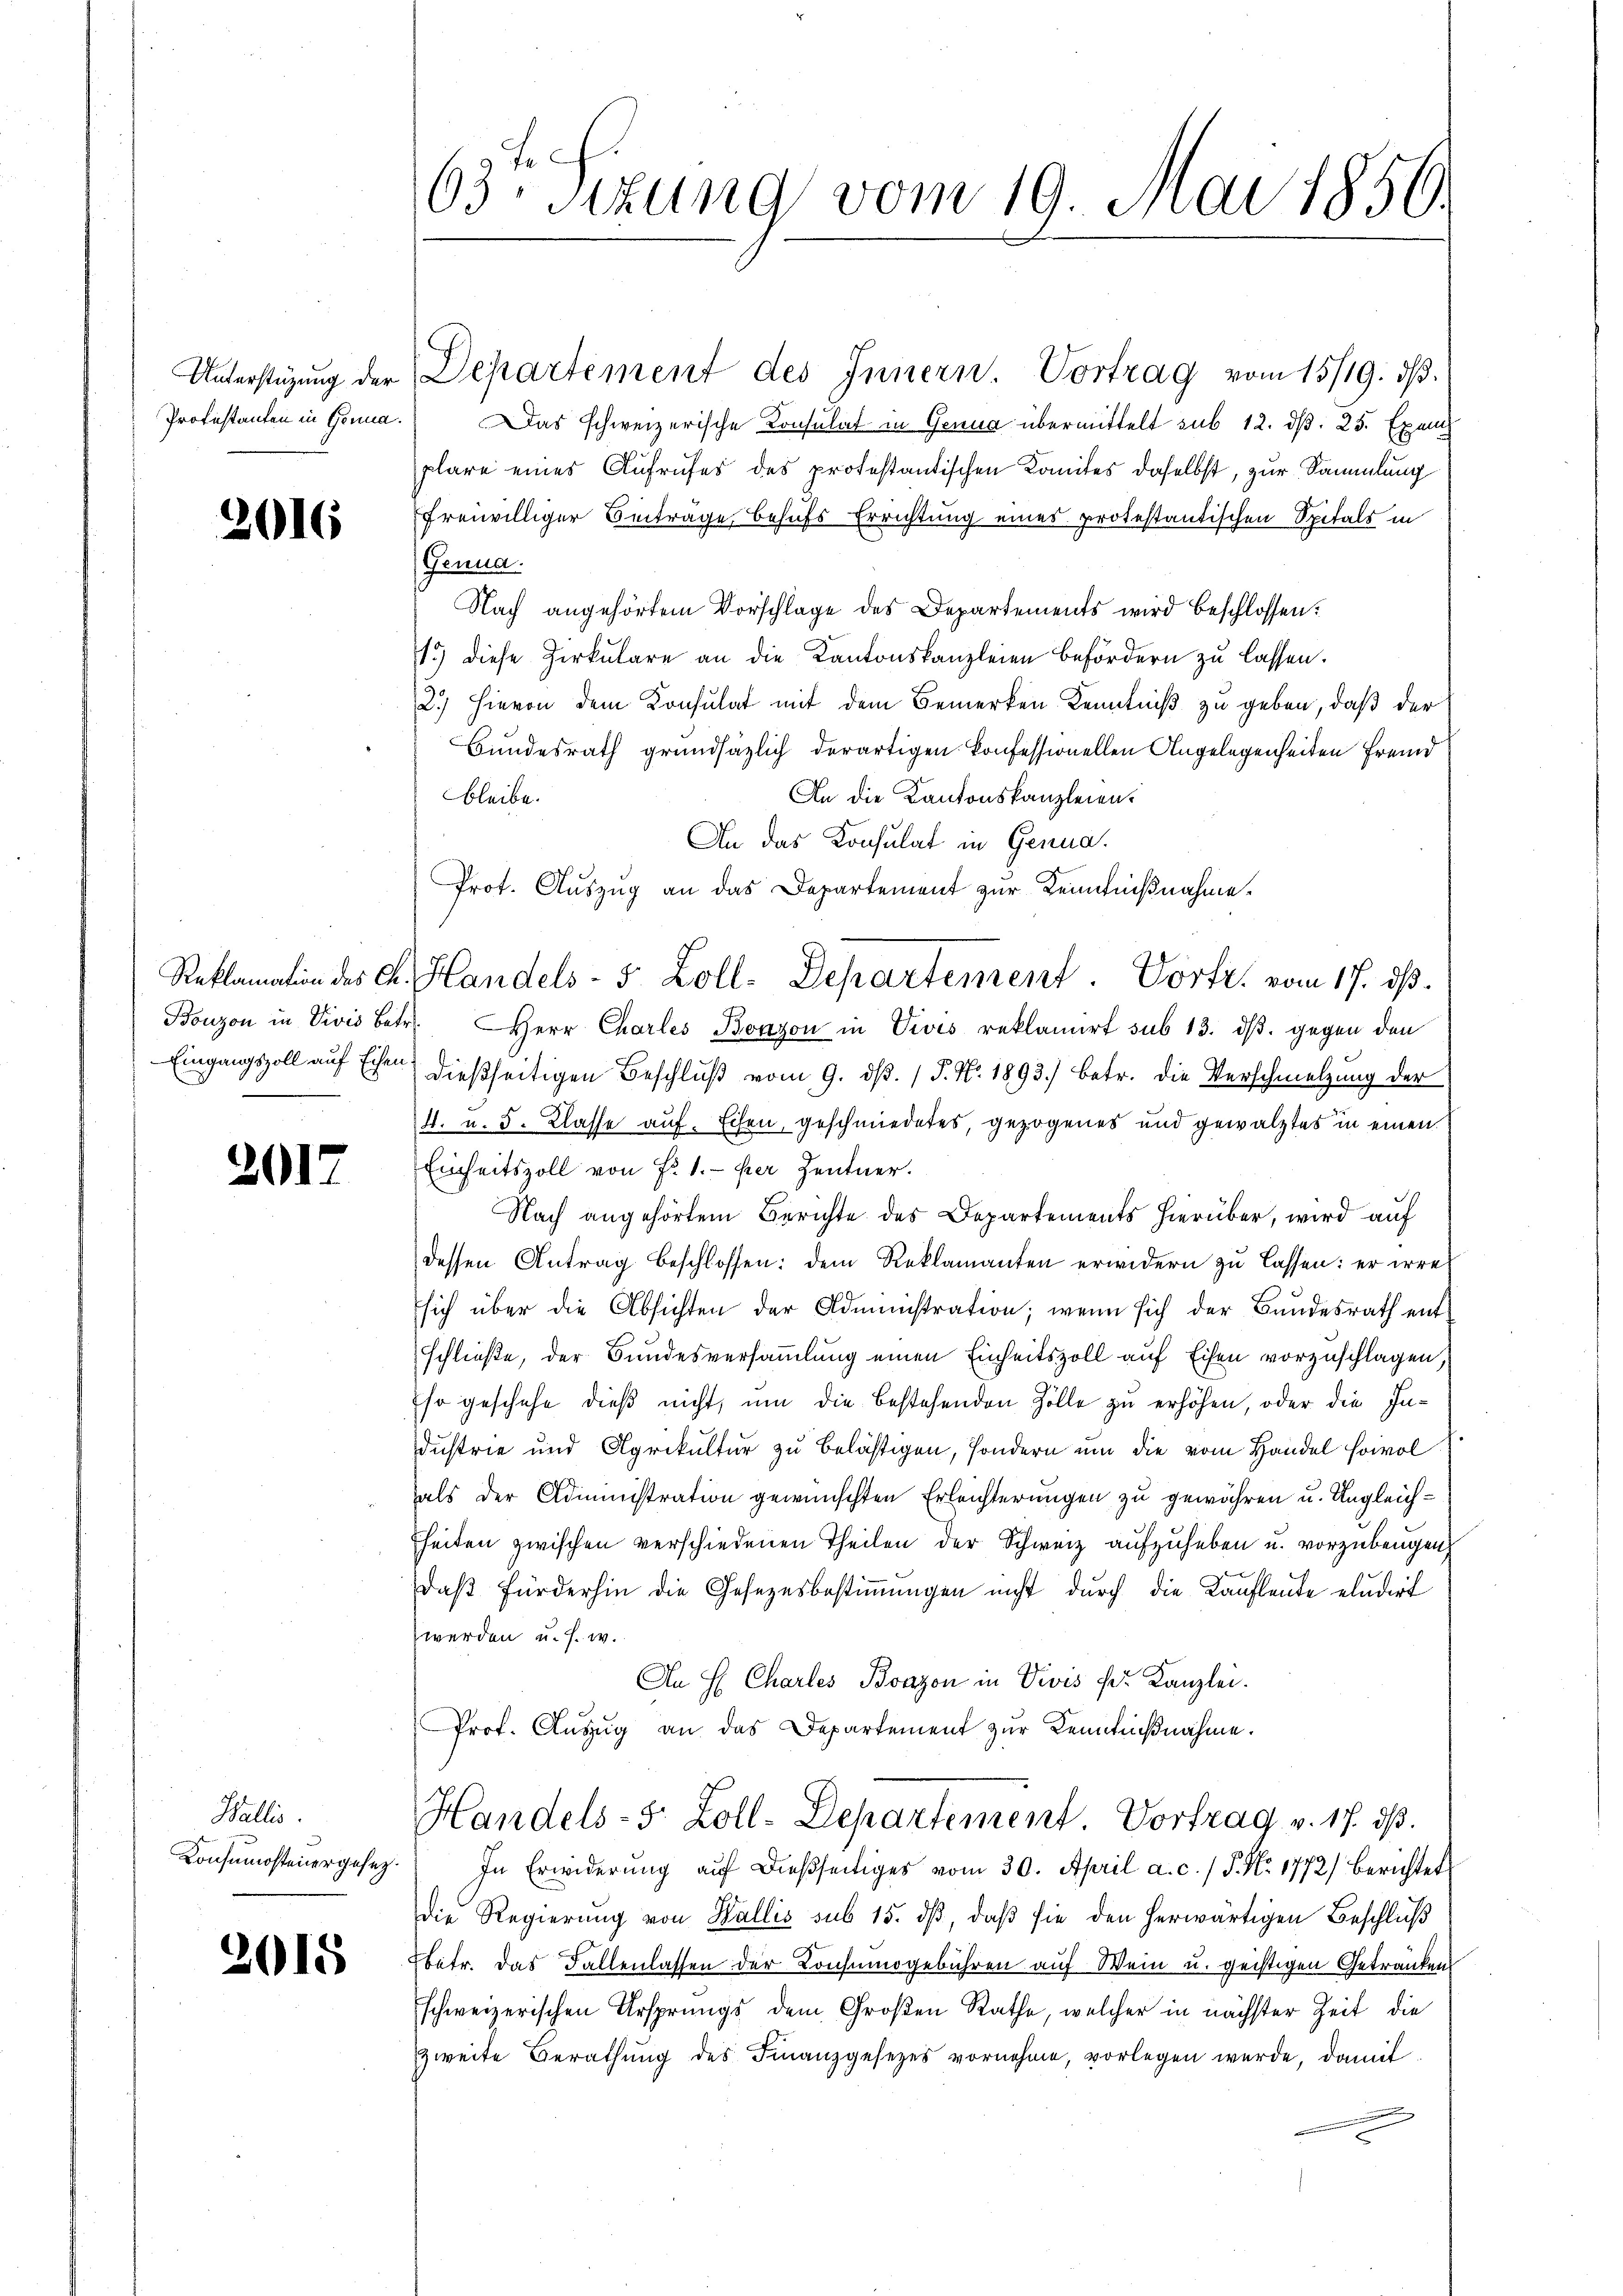
Unterstüzung der
Protestanten in Genua.

2016

2017

Wallis.
Konsumsteuergesez.

2015

63te Sitzung vom 19. Mai 1850.

Departement des Innern. Vortrag vom 15/19. dβ.
Das schweizerische Konsulat in Genua übermittelt sub 12. dß. 25. Exem
plare eines Aufrufes des protestantischen Komites daselbst, zur Sammlung
freiwilliger Beiträge behufs Errichtung eines protestantischen Spitals in
Genua
Nach angehörtem Vorschlage des Departements wird beschlossen:
1.) diese Zirkulare an die Kantonskanzleien befördern zu lassen.
2.) Hievon dem Konsulat mit dem Bemerken Kenntniß zu geben, daß der
Bundesrath grundsäzlich derartigen konfessionellen Angelegenheiten Fremd
An die Kantonskanzleien.
bleibe.
An das Konsulat in Genua¬
Prot. Auszug an das Departement zur Kenntnißnahme.
Bonzon in Divis betr. Herr Charles Bonzon in Divis reklamiert sub 13. dβ. gegen den
Eingangszoll auf Eisen dießseitigen Beschluß vom 9. dβ. / P. Nr. 1893.) betr. die Verschmelzung der
4. u. 5. Klasse auf. Eisen, geschmiedetes, gezogenes und gewälztes in einen
Einheitszoll von Fr. 1. per Zentner.
Nach angehörtem Berichte des Departements hierüber, wird auf
dessen Antrag beschlossen: dem Reklamanten erwidern zu lassen: er irre
sich über die Absichten der Administration; wenn sich der Bundesrath entschließe, der Bundesversammlung einen Einheitszoll auf Eisen vorzuschlagen,
so geschehe dieß nicht, um die bestehenden Zolle zu erhöhen, oder die Industrie und Agrikultur zu belästigen, sondern um die vom Handel Hoivol
als der Administration gewünschten Erleichterungen zu gewähren u. Ungleichheiten zwischen verschiedenen Theilen der Schweiz aufzuheben u. vorzubeugen
daß fürderhin die Gesetzesbestimmungen nicht durch die Kaufleute eludirt
werden u. s. w.
An H Charles Bvazon in Divis der Kanzlei.
Prof. Anzŭg an das Departement zŭr Kenntnißnahme.
Handels- 5. Zoll-Departement. Vortrag v. 17. ds.
In Erwiderung aŭf dießseitiges vom 30. April a. c. / 5. No. 1772) berichtet
die Regierung von Wallis sub 15. dβ, daβ sie den herwärtigen Beschluß
betr. Das Fallenlassen der Konsumogebühren auf Wein u. geistigen Getränken
schweizerischen Ursprungs dem Großen Rathe, welcher in nächster Zeit die
zweite Berathung des Finanzgesezes vornehme, vorlegen wurde, damit

Reklamation des Fr. Handels- 5 Zoll-Departement. Porti vom 17. ds.